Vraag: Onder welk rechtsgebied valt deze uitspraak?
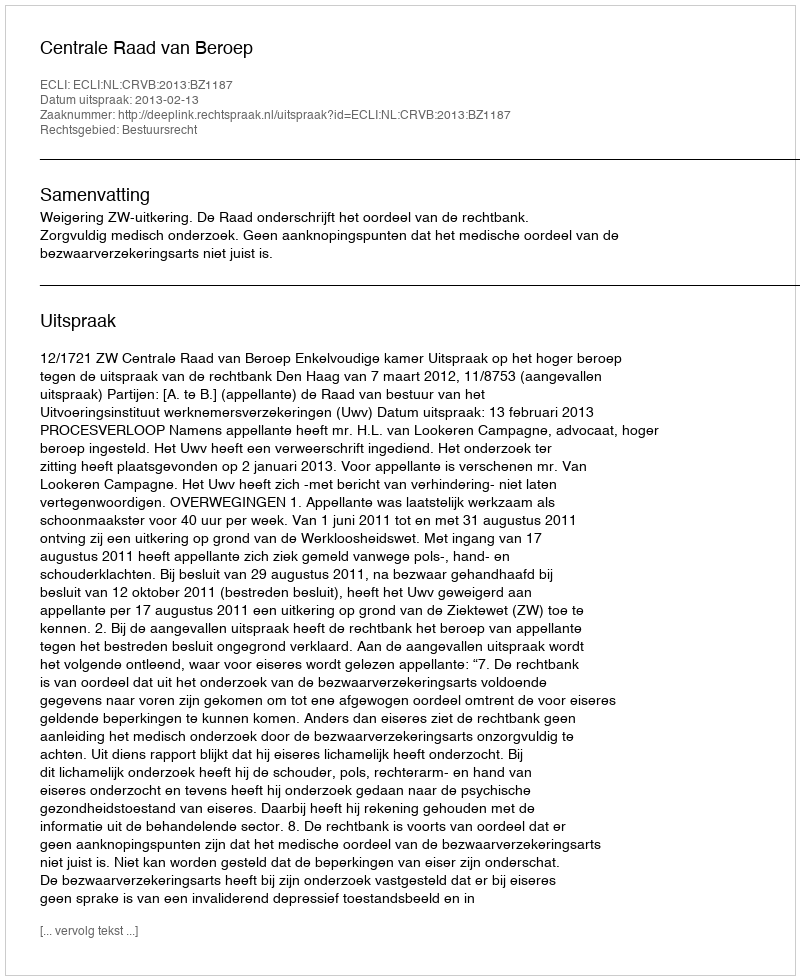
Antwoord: Bestuursrecht